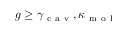
g \ge \gamma _ { \mathrm { ~ c ~ a ~ v ~ } } , \kappa _ { \mathrm { ~ m ~ o ~ l ~ } }